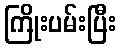
ကြိုးပမ်းပြီး